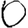
Digit: 0